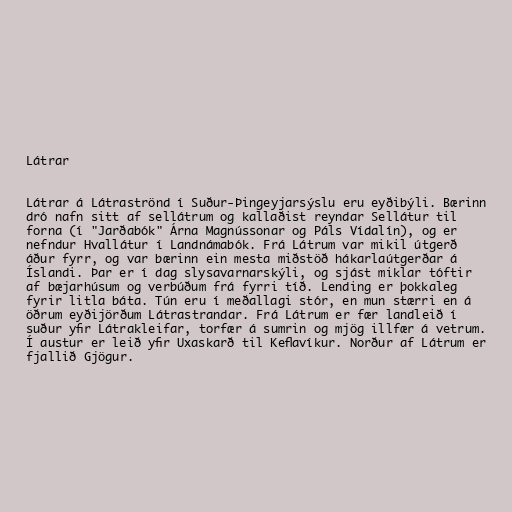
Látrar

Látrar á Látraströnd í Suður-Þingeyjarsýslu eru eyðibýli. Bærinn
dró nafn sitt af sellátrum og kallaðist reyndar Sellátur til
forna (í "Jarðabók" Árna Magnússonar og Páls Vídalín), og er
nefndur Hvallátur í Landnámabók. Frá Látrum var mikil útgerð
áður fyrr, og var bærinn ein mesta miðstöð hákarlaútgerðar á
Íslandi. Þar er í dag slysavarnarskýli, og sjást miklar tóftir
af bæjarhúsum og verbúðum frá fyrri tíð. Lending er þokkaleg
fyrir litla báta. Tún eru í meðallagi stór, en mun stærri en á
öðrum eyðijörðum Látrastrandar. Frá Látrum er fær landleið í
suður yfir Látrakleifar, torfær á sumrin og mjög illfær á vetrum.
Í austur er leið yfir Uxaskarð til Keflavíkur. Norður af Látrum er
fjallið Gjögur.